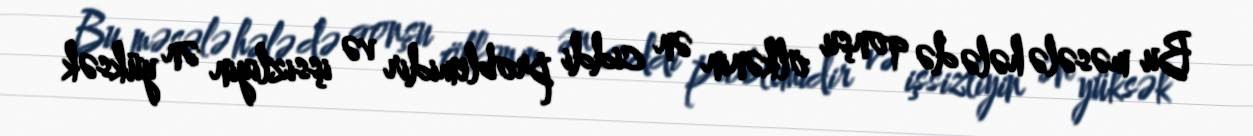
Bu məsələ hələ də qonşu ölkənin ən ciddi problemidir və işsizliyin ən yüksək